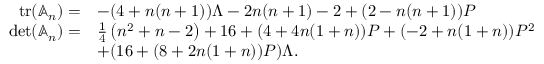
\begin{array} { r l } { \operatorname { t r } ( \mathbb A _ { n } ) = } & { - ( 4 + n ( n + 1 ) ) \Lambda - 2 n ( n + 1 ) - 2 + ( 2 - n ( n + 1 ) ) P } \\ { \operatorname* { d e t } ( \mathbb A _ { n } ) = } & { \frac { 1 } { 4 } \left( n ^ { 2 } + n - 2 \right) + 1 6 + ( 4 + 4 n ( 1 + n ) ) P + ( - 2 + n ( 1 + n ) ) P ^ { 2 } } \\ & { + ( 1 6 + ( 8 + 2 n ( 1 + n ) ) P ) \Lambda . } \end{array}